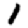
Digit: 1